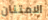
الامتنان